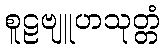
စူဠဗျူဟသုတ္တံ